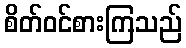
စိတ်ဝင်စားကြသည်